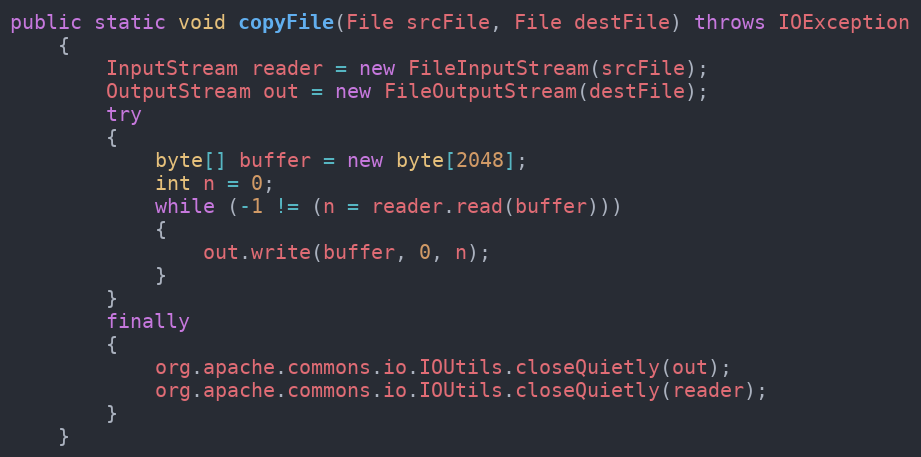
Language: Java
public static void copyFile(File srcFile, File destFile) throws IOException
    {
        InputStream reader = new FileInputStream(srcFile);
        OutputStream out = new FileOutputStream(destFile);
        try
        {
            byte[] buffer = new byte[2048];
            int n = 0;
            while (-1 != (n = reader.read(buffer)))
            {
                out.write(buffer, 0, n);
            }
        }
        finally
        {
            org.apache.commons.io.IOUtils.closeQuietly(out);
            org.apache.commons.io.IOUtils.closeQuietly(reader);
        }
    }